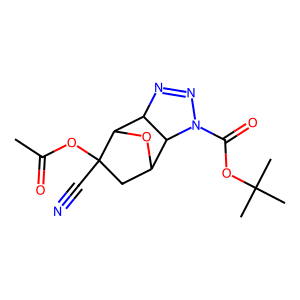
SMILES: CC(=O)OC1(C#N)CC2OC1C1N=NN(C(=O)OC(C)(C)C)C21
Inhibits HIV replication: No